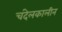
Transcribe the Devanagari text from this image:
चंदेलकालीन